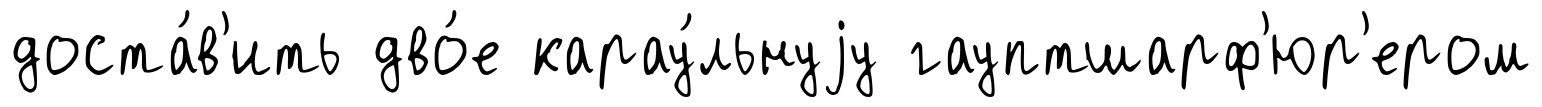
доста́в'ить дво́е карау́льнуjу гауптшарф'юр'ером